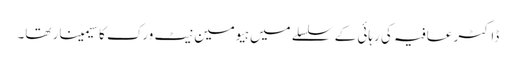
ڈاکٹر عافیہ کی رہائی کے سلسلے میں ہیومین نیٹ ورک کا سیمینار تھا۔